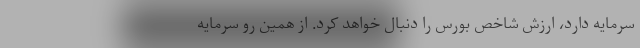
سرمایه دارد، ارزش شاخص بورس را دنبال خواهد کرد. از همین رو سرمایه